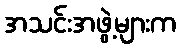
အသင်းအဖွဲ့များက